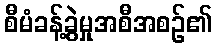
စီမံခန့်ခွဲမှုအစီအစဉ်၏